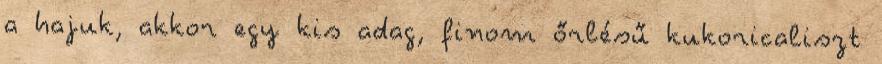
a hajuk, akkor egy kis adag, finom őrlésű kukoricaliszt